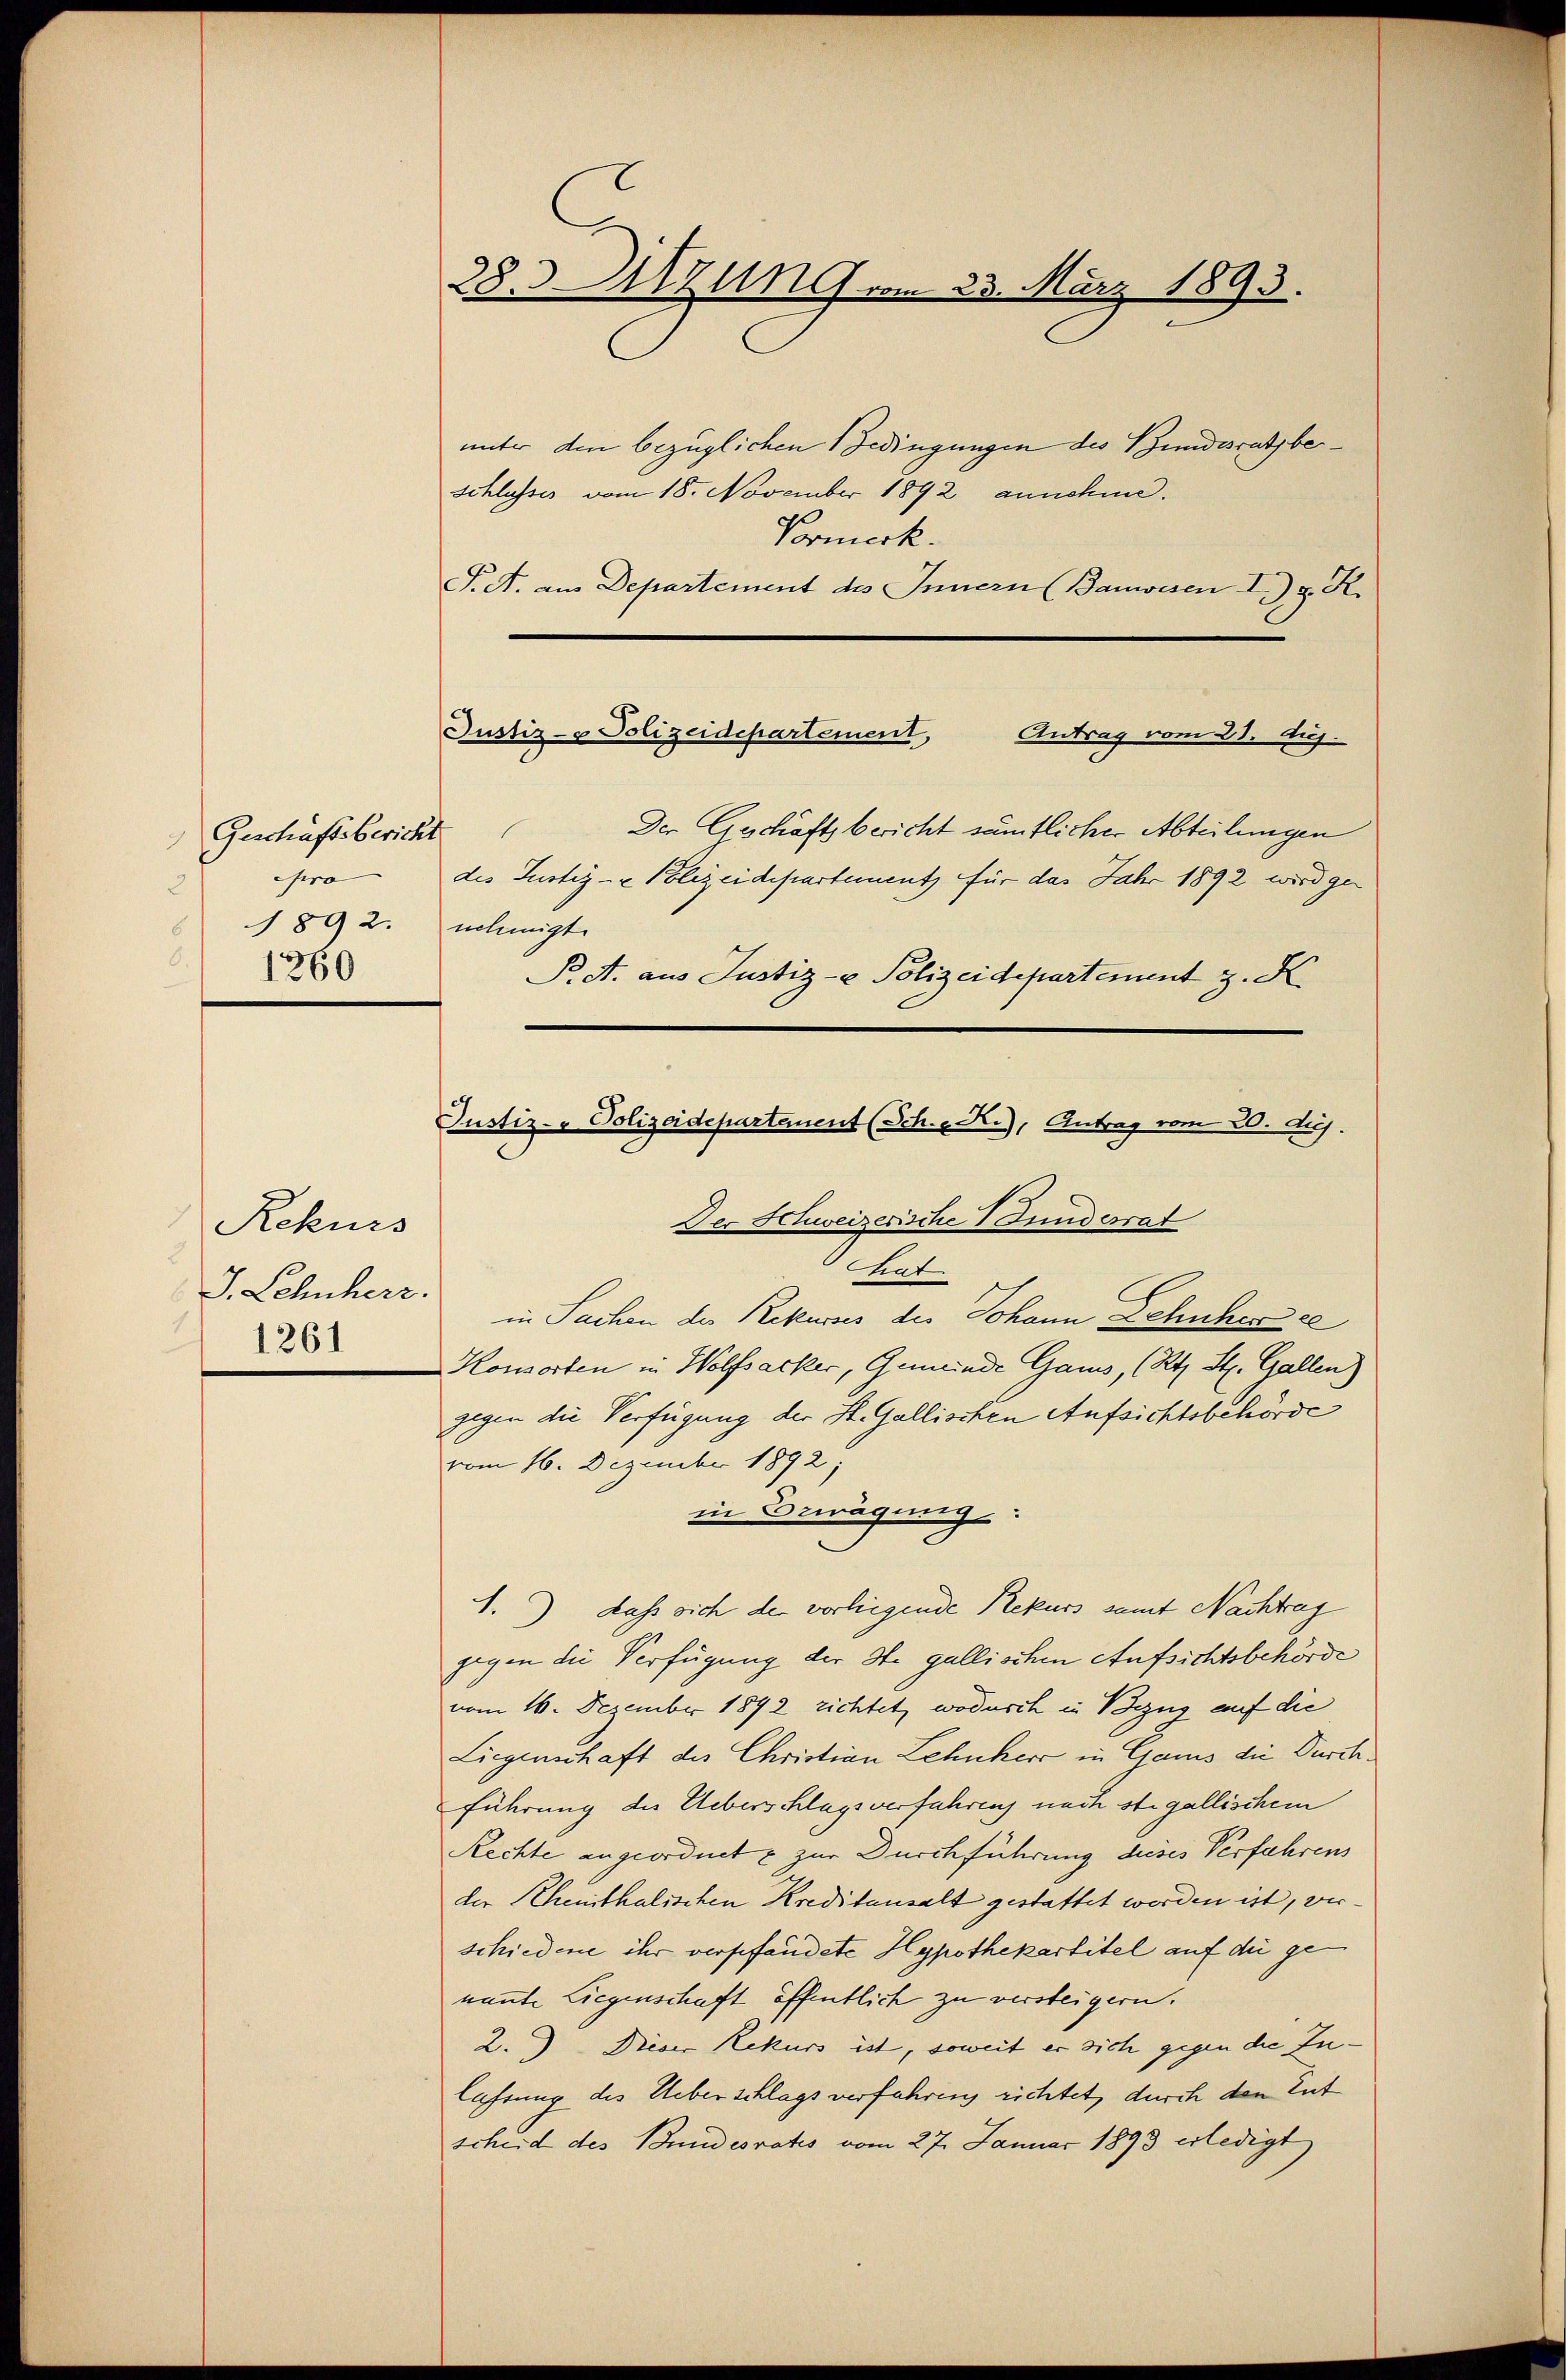
Geschäftsbericht
Pro
1892.
 1260

Rekurs
1261

28. Sitzung vom 23. März 1893.

Justiz- & Polizeidepartement,
Antrag vom 28. Auj.

unter den bezüglichen Bedingungen des Bundesrath be¬
Schlusses vom 18. November 1892 annehme.
Vormerk.
S. A. am Departement des Innern (Banwesen I. d. R.
Der Geschäftsbericht sämtlicher Abteilungen
des Justiz- & Polizeidepartement für das Jahr 1892 wird ger
nehmigt.
P. A. aus Justiz- & Polizeidepartement z. K

Justiz- Polizeidepartement (Sch. R.), Antrag vom 20. dus.
Der Hchweizerische Stundesrat

tat.
J. Lehnherz. in Sachen der Rekurses des Johann Schuher e
Konsorten in Wolfsacker, Gemeinde Gams, (Kt. St. Gallen)
gegen die Verfügung der St. Gallischen Aufsichtsbehörde
vom 16. Dezember 1892;
in Bemägung:
1. dass sich der vorliegende Rekurs samt Nachtrag
gegen die Verfügung der Ste gallischen Aufsichtsbehörde
vom 16. Dezember 1892 zichtet, wodurch in Bezug auf die
Liegenschaft des Christian Lehnherr in Gans die Durch
Führung des Ueberschlagsverfahrens nach ste gallischem
Rechte angeordnet u zur Durchführung dieses Verfahrens
der Rhenthalischen Kreditensalt gestattet werden ist, verschiedene ihr verpfändete Hypothekartitel auf die genannte Liegenschaft öffentlich zu versteigern.
2. Dieser Rekurs ist, soweit er sich gegen die Zulassung des Ueberschlags verfahren richtet, durch den Ent
scheid des Bundesrats vom 27. Januar 1893 erledigt